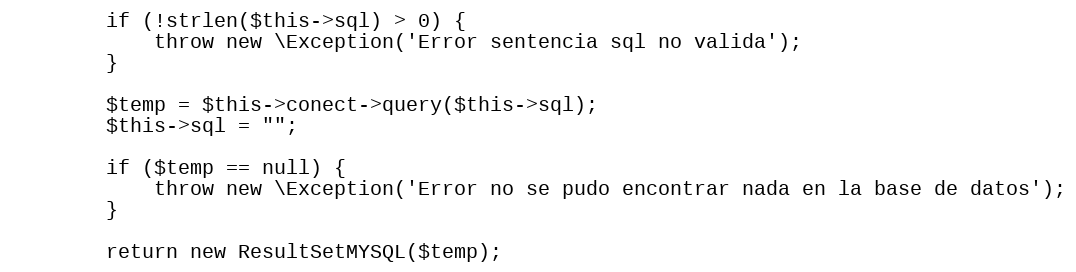
Language: PHP
        if (!strlen($this->sql) > 0) {
            throw new \Exception('Error sentencia sql no valida');
        }

        $temp = $this->conect->query($this->sql);
        $this->sql = "";

        if ($temp == null) {
            throw new \Exception('Error no se pudo encontrar nada en la base de datos');
        }

        return new ResultSetMYSQL($temp);